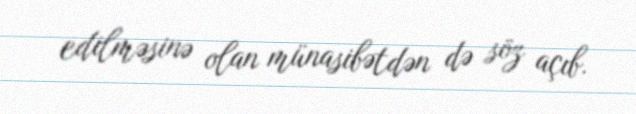
edilməsinə olan münasibətdən də söz açıb.